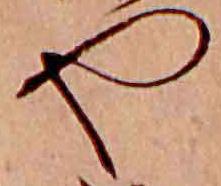
や